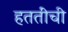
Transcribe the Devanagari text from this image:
हततींची